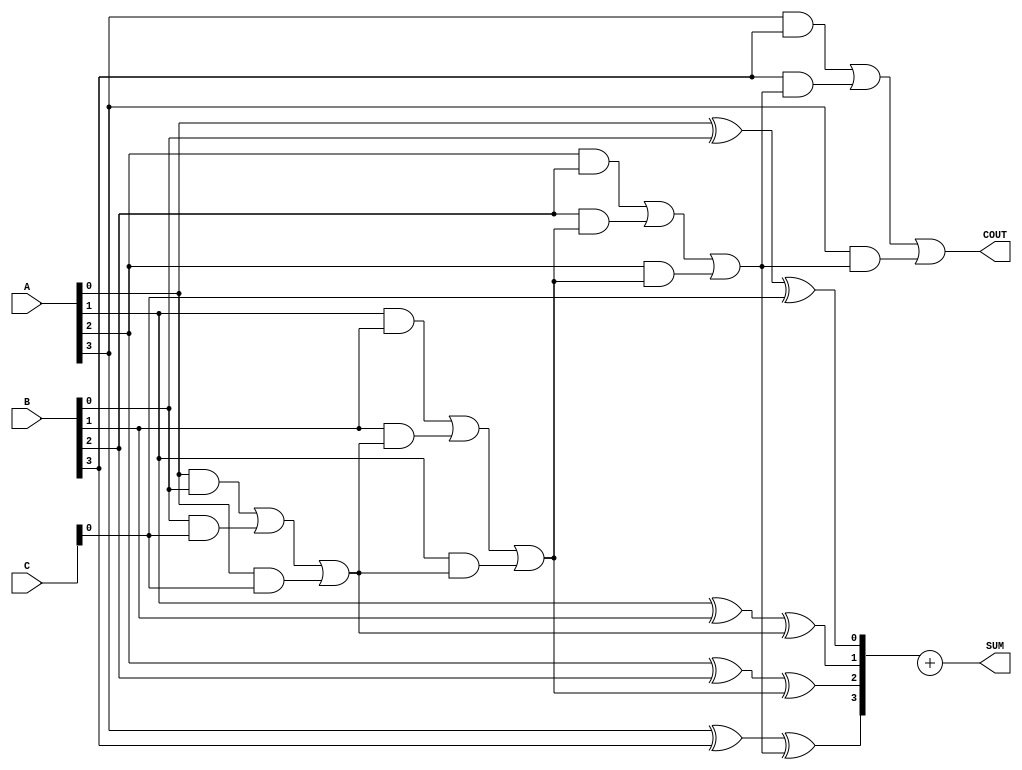
module CarrySaveAdder #(parameter WIDTH = 4)(
    input [WIDTH-1:0] A,
    input [WIDTH-1:0] B,
    input [WIDTH-1:0] C,
    output [WIDTH-1:0] SUM,
    output COUT
);

    wire [WIDTH:0] carry; // Extra bit for carry
    wire [WIDTH-1:0] sum;

    // Full Adder for each bit
    genvar i;
    generate
        for (i = 0; i < WIDTH; i = i + 1) begin : CSA_FA
            if (i == 0) begin
                // First full adder takes A[i], B[i], and C[i]
                assign sum[i] = A[i] ^ B[i] ^ C[i];
                assign carry[i+1] = (A[i] & B[i]) | (B[i] & C[i]) | (A[i] & C[i]);
            end else begin
                // Subsequent full adders take the previous carry
                assign sum[i] = A[i] ^ B[i] ^ carry[i];
                assign carry[i+1] = (A[i] & B[i]) | (B[i] & carry[i]) | (A[i] & carry[i]);
            end
        end
    endgenerate

    // Final carry propagation using a simple Ripple Carry Adder (RCA)
    wire [WIDTH-1:0] final_sum;
    wire final_carry_out;

    assign final_sum = sum;
    assign COUT = carry[WIDTH];

    // Final sum calculation with carry propagation
    assign SUM = final_sum + carry[WIDTH-1:0];

endmodule